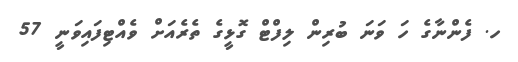
ހ. ފެންނާގެ ހަ ވަނަ ބުރިން ލިފްޓް ގޮޅީގެ ތެރެއަށް ވެއްޓިފައިވަނީ 57